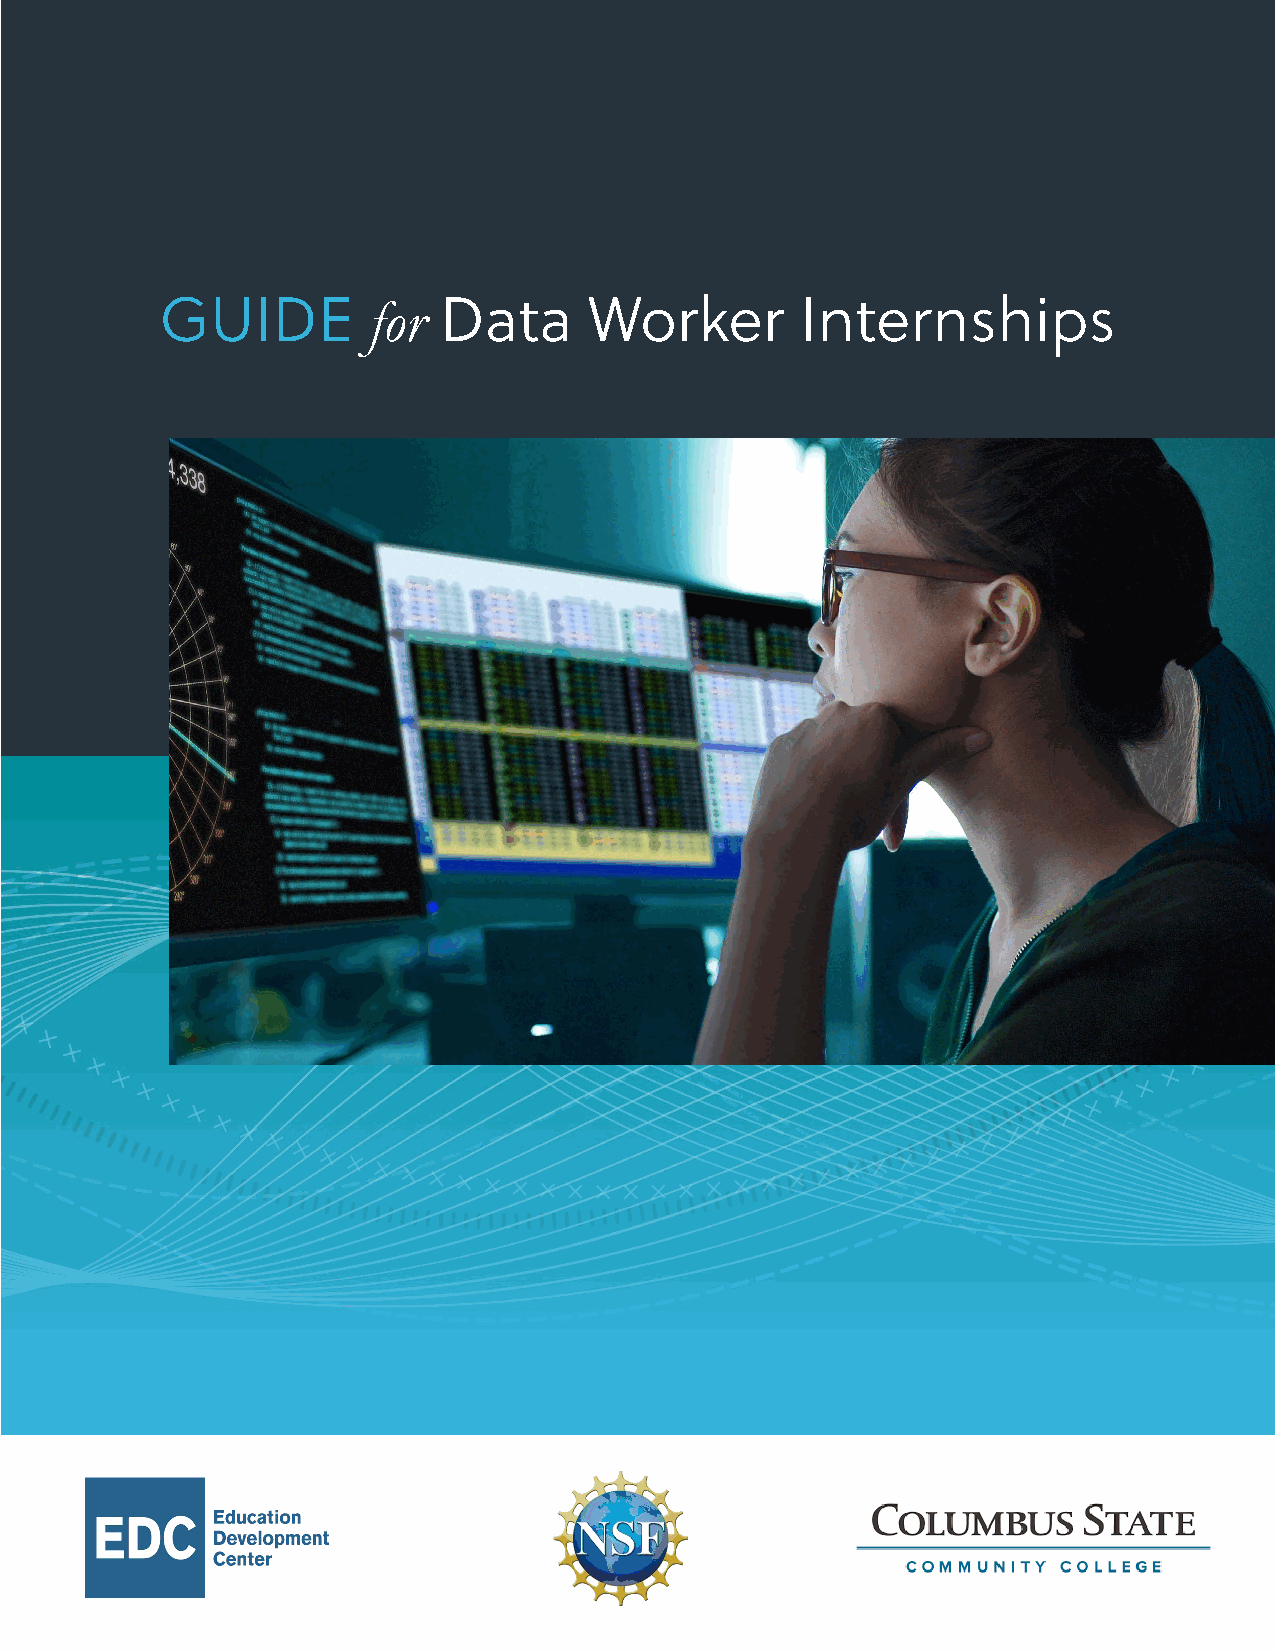
GUIDE        for  Data      Worker        Internships